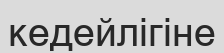
кедейлігіне